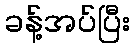
ခန့်အပ်ပြီး